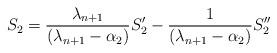
LaTeX: \begin{align*}S_2=\frac{\lambda_{n+1}}{(\lambda_{n+1}-\alpha_2)}S_2'-\frac{1}{(\lambda_{n+1}-\alpha_2)}S_2''\end{align*}